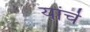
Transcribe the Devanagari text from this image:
यांचॆ